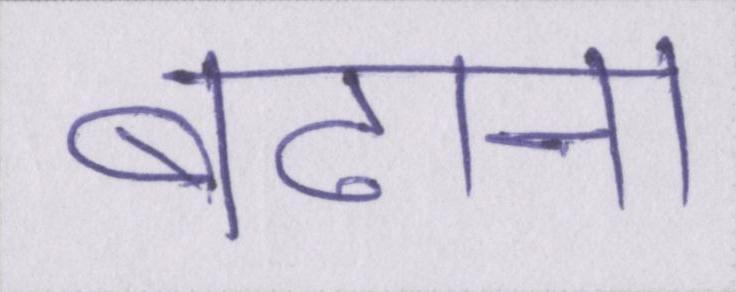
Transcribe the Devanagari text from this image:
बढाना